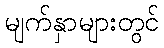
မျက်နှာများတွင်